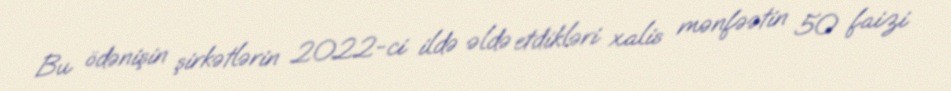
Bu ödənişin şirkətlərin 2022-ci ildə əldə etdikləri xalis mənfəətin 50 faizi